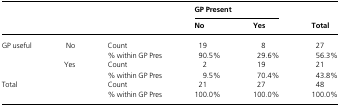
<table><thead><tr><td></td><td></td><td></td><td colspan="2"><b>GP Present</b></td><td></td></tr><tr><td></td><td></td><td></td><td><b>No</b></td><td><b>Yes</b></td><td><b>Total</b></td></tr></thead><tbody><tr><td rowspan="4">GP useful</td><td rowspan="2">No</td><td>Count</td><td>19</td><td>8</td><td>27</td></tr><tr><td>% within GP Pres</td><td>90.5%</td><td>29.6%</td><td>56.3%</td></tr><tr><td rowspan="2">Yes</td><td>Count</td><td>2</td><td>19</td><td>21</td></tr><tr><td>% within GP Pres</td><td>9.5%</td><td>70.4%</td><td>43.8%</td></tr><tr><td rowspan="2" colspan="2">Total</td><td>Count</td><td>21</td><td>27</td><td>48</td></tr><tr><td>% within GP Pres</td><td>100.0%</td><td>100.0%</td><td>100.0%</td></tr></tbody></table>